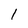
Character: 1